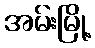
အမ်းမြို့